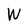
Character: W